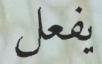
يفعل